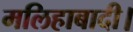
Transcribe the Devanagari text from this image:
मलिहाबादी।